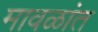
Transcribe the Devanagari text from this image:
मावळांत